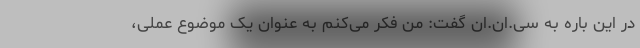
در این باره به سی.ان.ان گفت: من فکر می‌کنم به عنوان یک موضوع عملی،